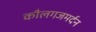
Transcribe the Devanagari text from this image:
कौलगजमर्दन